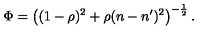
\Phi = \left( ( 1 - \rho ) ^ { 2 } + \rho ( n - n ^ { \prime } ) ^ { 2 } \right) ^ { - \frac { 1 } { 2 } } .